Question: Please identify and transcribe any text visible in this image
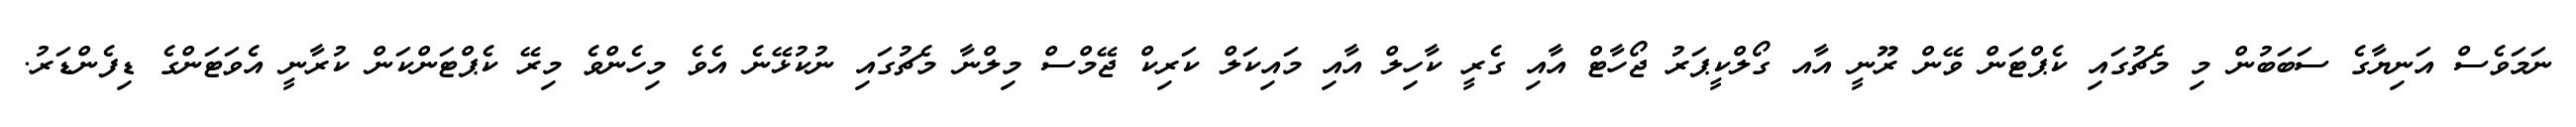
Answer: ނަމަވެސް އަނިޔާގެ ސަބަބުން މި މެޗުގައި ކެޕްޓަން ވޭން ރޫނީ އާއ ގޯލްކީޕަރު ޖޯހާޓް އާއި ގެރީ ކާހިލް އާއި މައިކަލް ކަރިކް ޖޭމްސް މިލްނާ މެޗުގައި ނުކުޅޭނެ އެވެ މިހެންވެ މިރޭ ކެޕްޓަންކަން ކުރާނީ އެވަޓަންގެ ޑިފެންޑަރު.